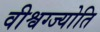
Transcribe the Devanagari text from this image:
वीश्वग्ज्योति